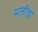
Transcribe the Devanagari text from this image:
मलीवा